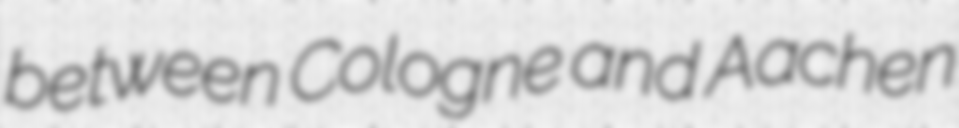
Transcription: between Cologne and Aachen